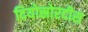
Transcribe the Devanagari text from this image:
दियोस्रोरदीस